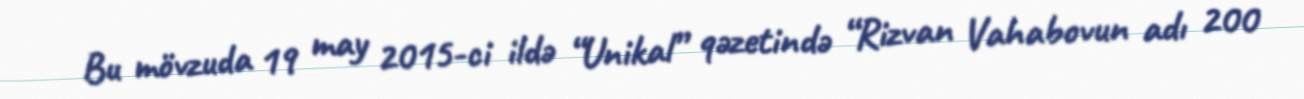
Bu mövzuda 19 may 2015-ci ildə “Unikal” qəzetində “Rizvan Vahabovun adı 200